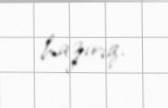
hazırıq.